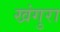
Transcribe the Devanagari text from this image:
खंगुरा